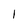
Character: 1